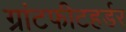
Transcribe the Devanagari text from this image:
ग्रांटफीटहर्डर